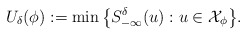
\begin{align*}U_\delta(\phi):= \min\big\{S^\delta_{-\infty}(u): u\in \mathcal{X}_\phi\big\}.\end{align*}